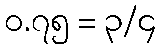
၀.၇၅ = ၃/၄